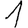
Digit: 1